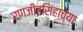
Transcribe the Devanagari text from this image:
रणजीतसिंहाच्या